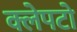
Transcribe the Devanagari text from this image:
क्लेपटो